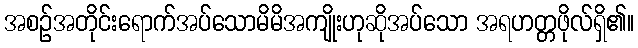
အစဉ်အတိုင်းရောက်အပ်သောမိမိအကျိုးဟုဆိုအပ်သော အရဟတ္တဖိုလ်ရှိ၏။